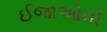
ઈજાઓની